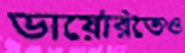
ডায়েরিতেও